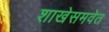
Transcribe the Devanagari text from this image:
शाखेसमवेत